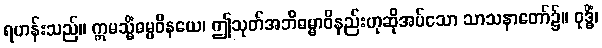
ရဟန်းသည်။ ဣမသ္မိံဓမ္မဝိနယေ၊ ဤသုတ်အဘိဓမ္မာဝိနည်းဟုဆိုအပ်သော သာသနာတော်၌။ ဝုဒ္ဓိံ၊